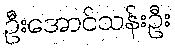
ဦးအောင်သန်းဦး